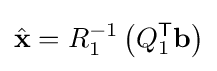
{\hat {\mathbf {x} }}=R_{1}^{-1}\left(Q_{1}^{\textsf {T}}\mathbf {b} \right)